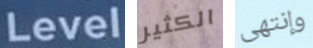
Level الكثير وإنتهى